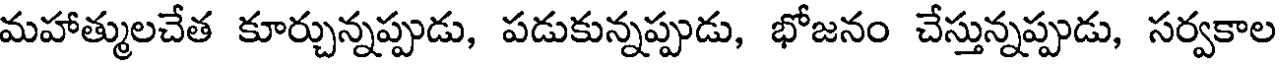
మహాత్ములచేత కూర్చున్నప్పుడు, పడుకున్నప్పుడు, భోజనం చేస్తున్నప్పుడు, సర్వకాల